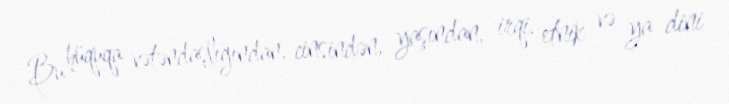
Bu hüquqa vətəndaşlığından, cinsindən, yaşından, irqi, etnik və ya dini